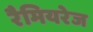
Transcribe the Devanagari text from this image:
रैमियरेज